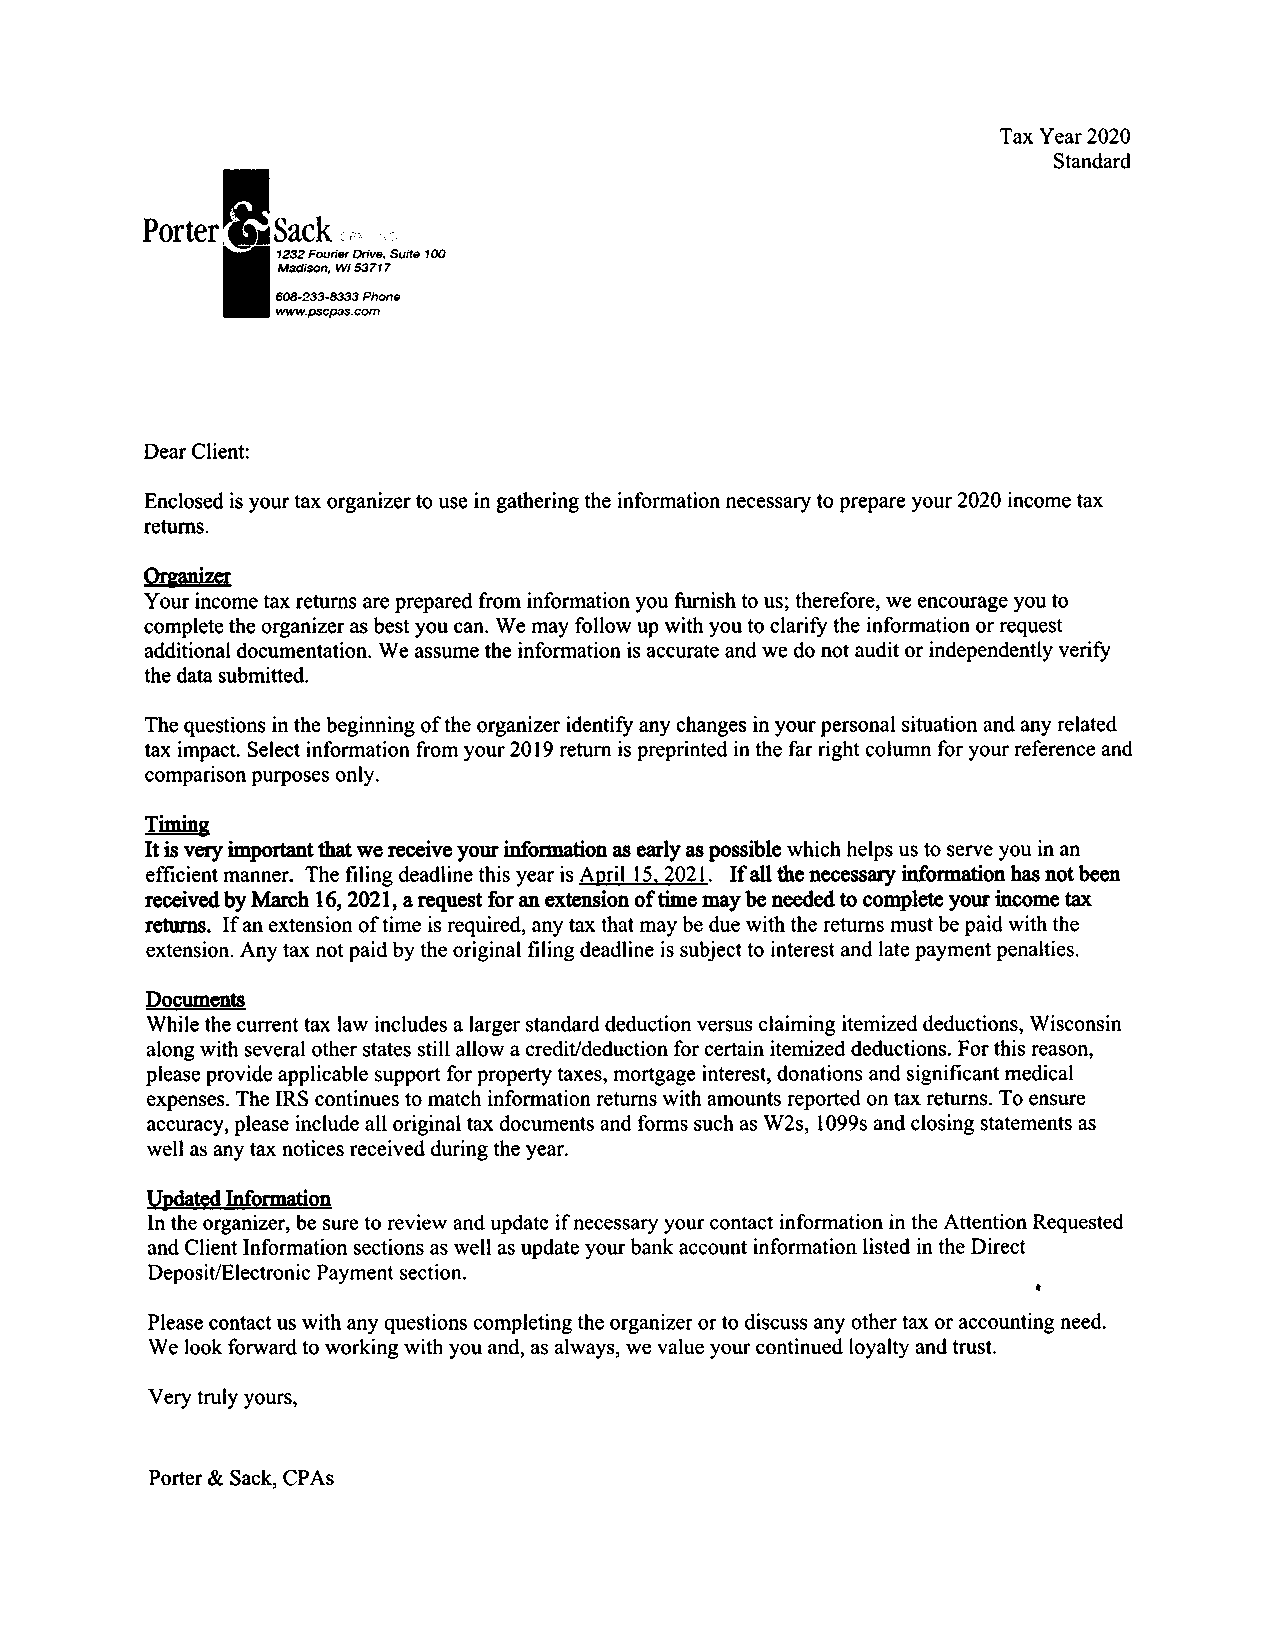
Tax Year 2020
 Standard
 Porter  Sack ii.:i .-
 1232 Fourier Drive, Suite 1@
 Madison, Wl 53717
 608-233-8333 Phone
 r^lww.psc&?s.com
 Dear Client:
 Enclosed is your tax organizer to use in gathering the information necessary to prepare your 2020 income tax
 returns.
 Organizcr
 Your income tax returns are prepared from information you furnish to us; therefore, we encourage you to
 complete the organizer as best you can. We may follow up with you to clariff the information or request
 additional documentation. We assume the information is accurate and we do not audit or independently veriff
 the data submitted.
 The questions in the beginning ofthe organizer identiff any changes in your personal situation and any related
 tax impact. Select information from your 2019 return is preprinted in the far right column for your reference and
 comparison purposes only.
 Timing
 It is very iryortant that we receive your information as carly as possible which helps us to serve you in an
 .
 effrcient manner. The filing deadline this year is April I 5. 202 I If all the necessary information has not beeir
 received by lvlarch 16, 2t2l , a request for an extension of time may be necded to complae your inoome hx
 retrns. If an extension of time is required, any tax that may be due with the retums must be paid with the
 extension. Any tax not paid by the original filing deadline is subject to interest and late payment penalties.
 DogllmmB
 While the current tax law includes a larger standard deduction versus claiming itemized deductions, Wisconsin
 along with several other states still allow a crediUdeduction for certain itemized deductions. For this reason,
 please provide applicable support for property taxes, mortgage interest, donations and significant medical
 expenses. The IRS continues to match information retums with amounts reported on tax retums. To ensure
 accuracy, please include all original tax documents and forms such as W2s, 1099s and closing statements as
 well as any tax notices received during the year.
 Updarcd Information
 ln the organizer,be sure to review and update if necessary your contact information in the Attention Requested
 and Client Information sections as well as update your bank account information listed in the Direct
 section.
 Deposit/Electronic Payment
 r
 Please contact us with any questions completing the organizer or to discuss any other tax or accounting need.
 We look forward to working with you and, as always, we value your continued loyalty and trust.
 Very truly yours,
 Porter & Sack, CPAs